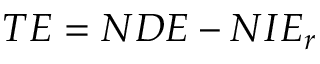
T E = N D E - N I E _ { r }